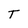
Character: T